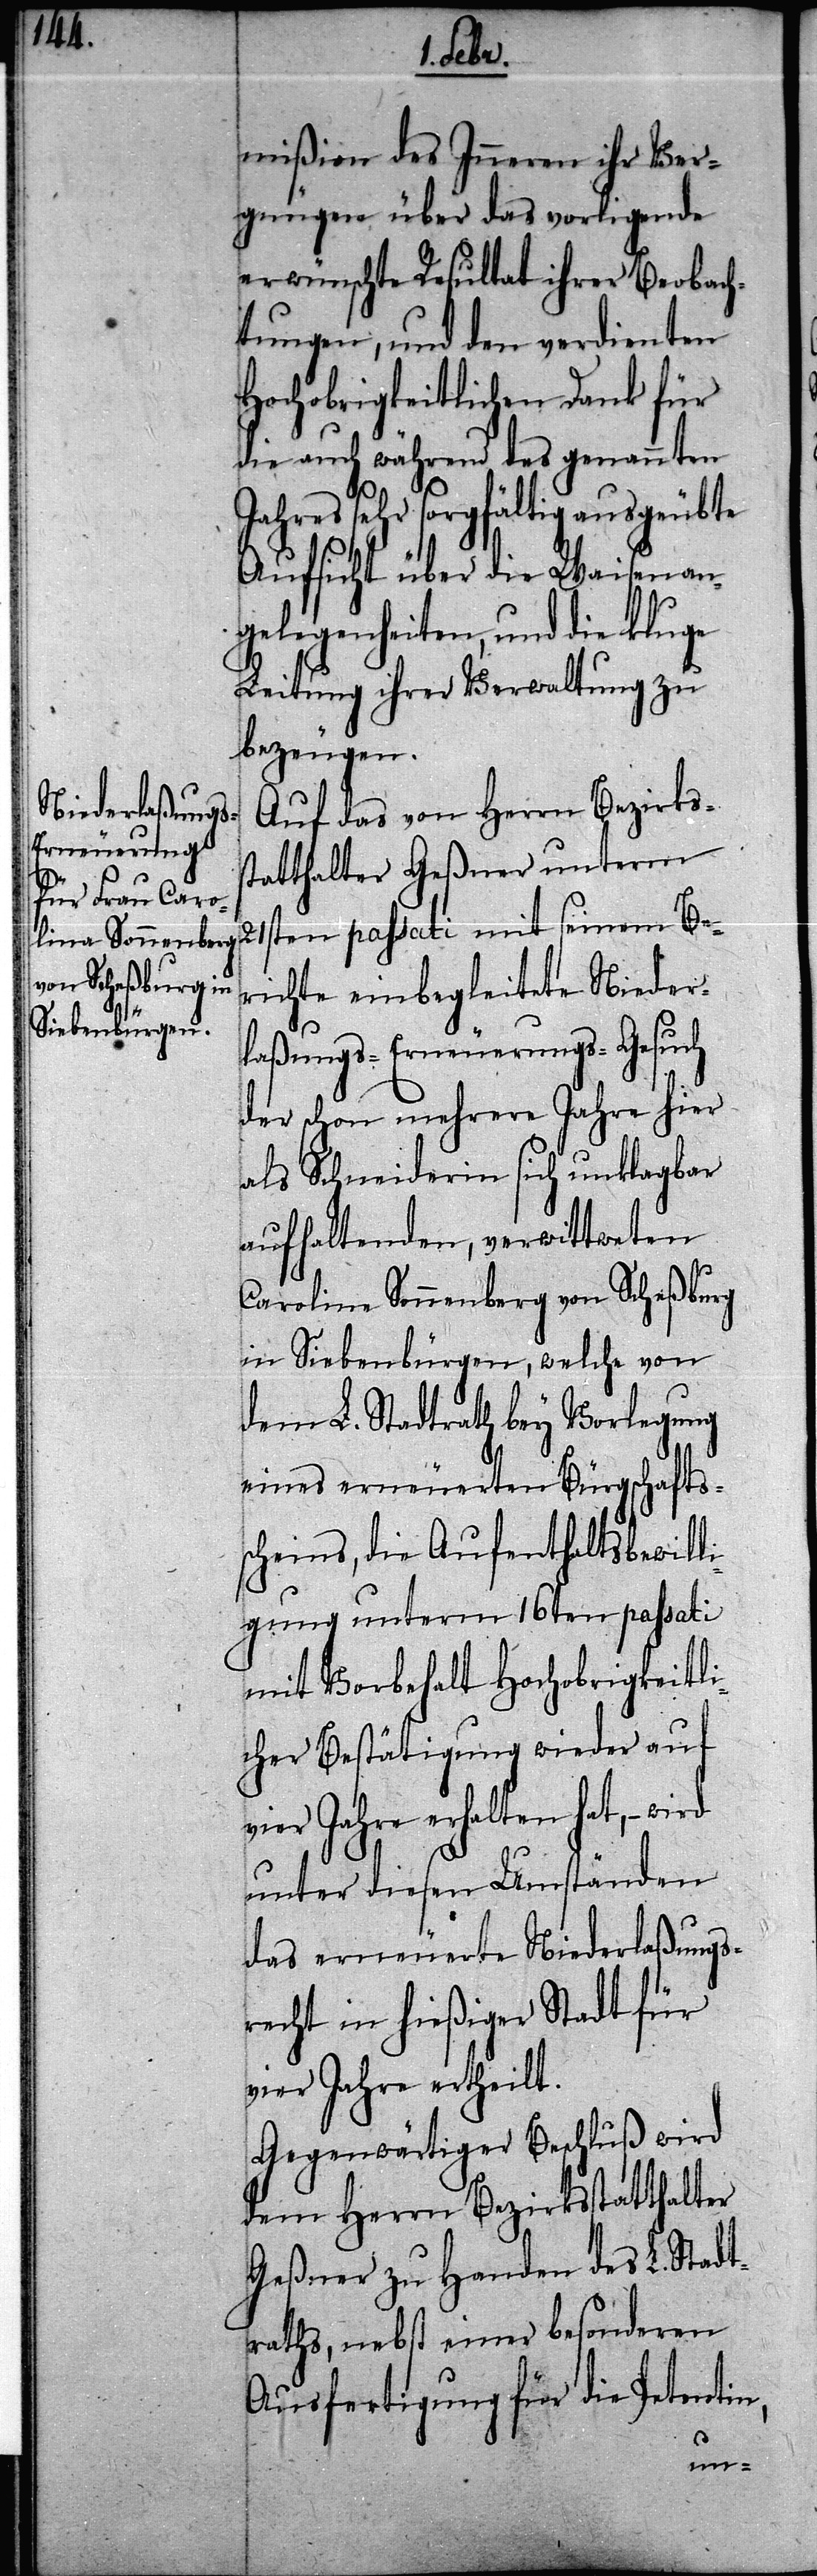
mißion des Inneren ihr Ver¬
gnügen über das vorliegende
erwünschte Resultat ihrer Beobach¬
tungen, und den verdienten
Hochobrigkeitlichen Dank für
die auch während des genannten
Jahres sehr sorgfältig ausgeübte
Aufsicht über die Waisenan¬
gelegenheiten, und die kluge
Leitung ihrer Verwaltung zu
bezeugen.
Auf das von Herrn Bezirks¬
statthalter Geßner unterm
21sten passati mit seinem Be¬
richte einbegleitete Nieder¬
laßungs-Erneuerungs-Gesuch
der schon mehrere Jahre hier
als Schneiderin sich unklagbar
aufhaltenden, verwittweten
Carolina Sonnenberg von Scheßburg
in Siebenbürgen, welche von
dem L. Stadtrath bey Vorlegung
eines erneuerten Bürgschafts¬
scheins, die Aufenthaltsbewill¬
igung unterm 16ten passati
mit Vorbehalt Hochobrigkeitli¬
cher Bestätigung wieder auf
vier Jahre erhalten hat, – wird
unter diesen Umständen
das erneuerte Niederlaßungs¬
recht in hießiger Stadt für
vier Jahre ertheilt.
Gegenwärtiger Beschluß wird
dem Herrn Bezirksstatthalter
Geßner zu Handen des L. Stadt¬
raths, nebst einer besonderen
Ausfertigung für die Petentin,